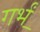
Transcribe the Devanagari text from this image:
गर्भं॒